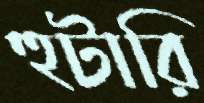
হুটারি